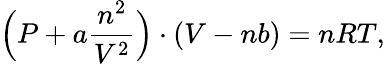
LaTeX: \Big(P+a\frac{n^{2}}{V^{2}}\Big)\cdot(V-nb)=nRT,